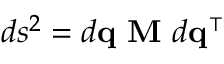
d s ^ { 2 } = d \mathbf { q } \ \mathbf { M } \ d \mathbf { q ^ { \intercal } }